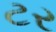
ટર